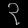
Digit: ၃